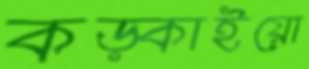
কড়্‌কাইয়ো